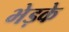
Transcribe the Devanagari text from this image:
भेड़के